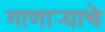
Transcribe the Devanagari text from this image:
गाणार्‍याचे